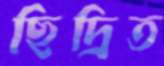
ছিদ্রিত